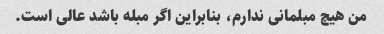
من هیچ مبلمانی ندارم، بنابراین اگر مبله باشد عالی است.